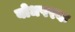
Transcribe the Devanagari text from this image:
बोधपरक